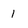
Character: 1